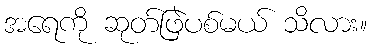
အရေကို ဆုတ်ဖြဲပစ်မယ် သိလား။